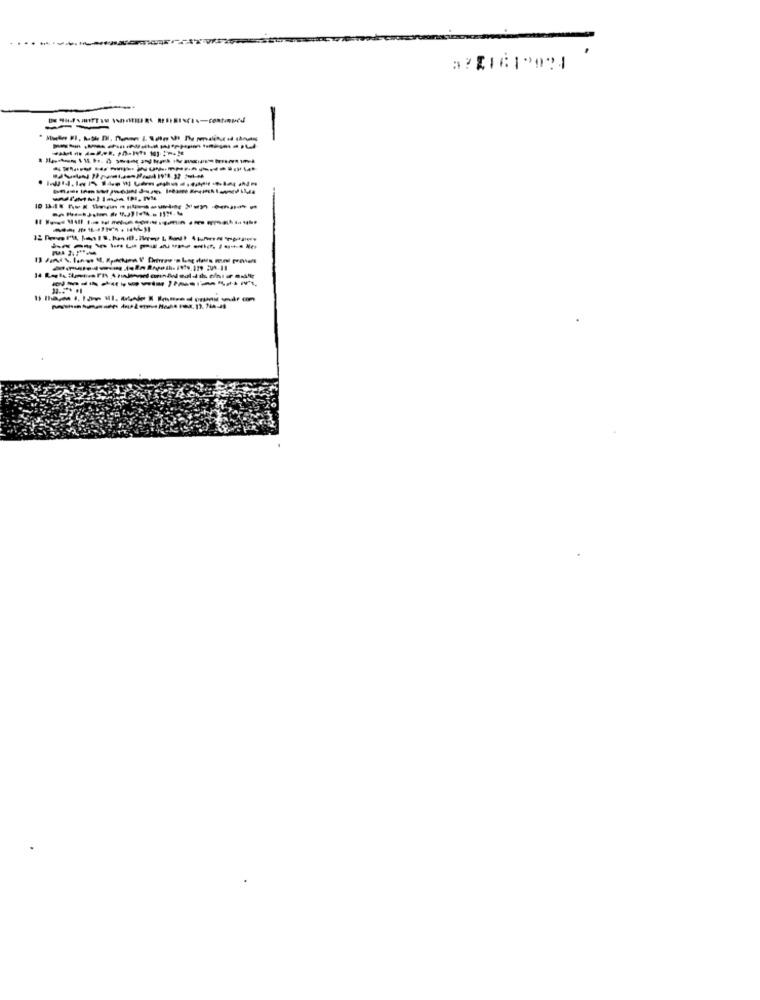
-----------